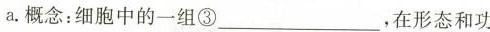
a.概念：细胞中的一组③___，在形态和功